Indian journal of veterinary science and animal husbandry - Volume 4,
Year: 1934
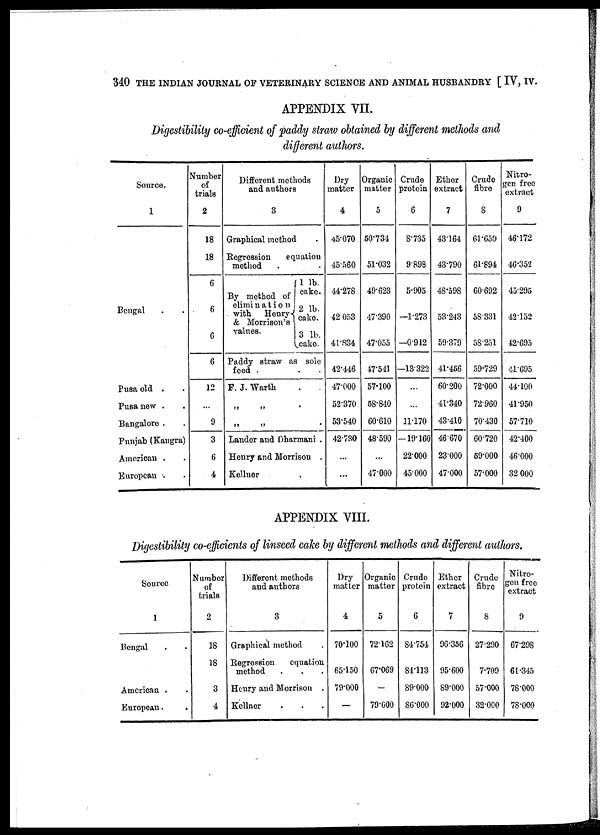
340 THE INDIAN JOURNAL OF VETERINARY SCIENCE AND ANIMAL HUSBANDRY [ IV, IV.
APPENDIX VII.
Digestibility co-efficient of paddy straw obtained by different methods and
different authors.
Source.
1
Bengal . .
Pusa old . .
Pusa new . .
Bangalore . .
Punjab (Kaugra)
American . .
European . .
Number
of
trials
2
18
18
6
6
6
6
12
...
9
3
6
4
Different methods
and authors
3
Graphical method .
Regression equation
method . .
By method of
elimination
with Henry {
& Morrison's
values.
1 lb.
cake.
2 lb.
cake.
3 lb.
cake.
Paddy straw as sole
feed . . .
F. J. Warth . .
„ „ . .
„ „ . .
Lander and Dharmani .
Henry and Morrison .
Kellner .
Dry
matter
4
45.070
45.560
44.278
42.053
41.834
42.446
47.000
52.370
53.540
42.730
...
...
Organic
matter
5
50.734
51.032
49.623
47.390
47.055
47.541
57.100
58.840
60.610
48.590
...
47.000
Crude
protein
6
8.735
9.898
5.905
—1.273
—0.912
—13.322
..
...
11.170
—19.160
22.000
45.000
Ether
extract
7
43.164
43.790
48.598
53.243
59.379
41.456
60.200
41.340
43.410
46.670
23.000
47.000
Crude
fibre
8
61.650
61.894
60.692
58.331
58.251
59.729
72.000
72.960
70.430
60.720
59.000
57.000
Nitro-
gen freo
extract
9
46.172
46.352
45.295
42.152
42.695
41.695
44.100
41.950
57.710
42.400
46.000
32.000
APPENDIX VIII.
Digestibility co-efficients of linseed cake by different methods and different authors.
Source
1
Bengal . .
American . .
European . .
Number
of
trials
2
18
18
3
4
Different methods
and authors
3
Graphical method .
Regression
equation
method . . .
Henry and Morrison .
Kellner . . .
Dry
matter
4
70.100
65.150
79.000
—
Organic
matter
5
72.162
67.069
—
79.000
Crude
protein
6
84.754
84.113
89.000
86.000
Ether
extract
7
96.356
95.600
89.000
92.000
Crude
fibre
8
27.290
7.709
57.000
32.000
Nitro-
gen free
extract
9
67.298
61.345
78.000
78.000